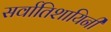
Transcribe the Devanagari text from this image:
सर्वातिशायिनी